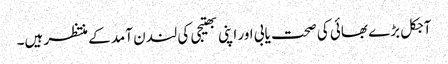
آجکل بڑے بھائی کی صحت یابی اور اپنی بھتیجی کی لندن آمد کے منتظر ہیں۔